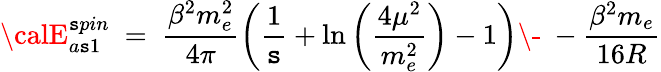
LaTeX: {\calE}_{a\mathtt{s}1}^{\mathtt{s}pin}\ =\ \frac{{\beta^{2}m_{e}^{2}}}{{4\pi}}\left(\frac{1}{\mathtt{s}}+\ln\left(\frac{{4\mu^{2}}}{{m_{e}^{2}}}\right)-1\right)\- \ -\frac{{\beta^{2}m_{e}}}{{16R}}